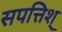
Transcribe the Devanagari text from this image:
सपत्तिश्